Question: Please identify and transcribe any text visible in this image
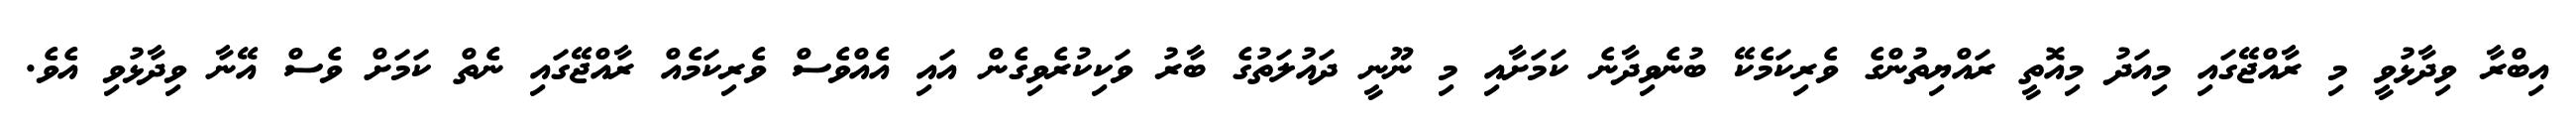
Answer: އިބްރާ ވިދާޅުވީ މި ރާއްޖޭގައި މިއަދު މިއޮތީ ރައްޔިތުންގެ ވެރިކަމެކޭ ބުނެވިދާނެ ކަމަށާއި މި ނޫނީ ދައުލަތުގެ ބާރު ވަކިކުރެވިގެން އައި އެއްވެސް ވެރިކަމެއް ރާއްޖޭގައި ނެތް ކަމަށް ވެސް އޭނާ ވިދާޅުވި އެވެ.